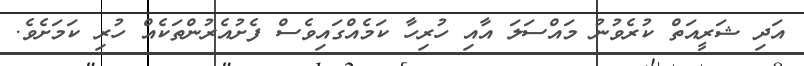
އަދި ޝަރީއަތް ކުރެވުނު މައްސަލަ އާއި ހުރިހާ ކަމެއްގައިވެސް ފެށުއެރުންތަކެއް ހުރި ކަމަށެވެ.